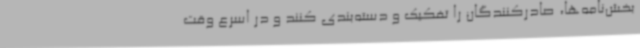
بخش‌نامه‌ها، صادرکنندگان را تفکیک و دسته‌بندی کنند و در اسرع وقت